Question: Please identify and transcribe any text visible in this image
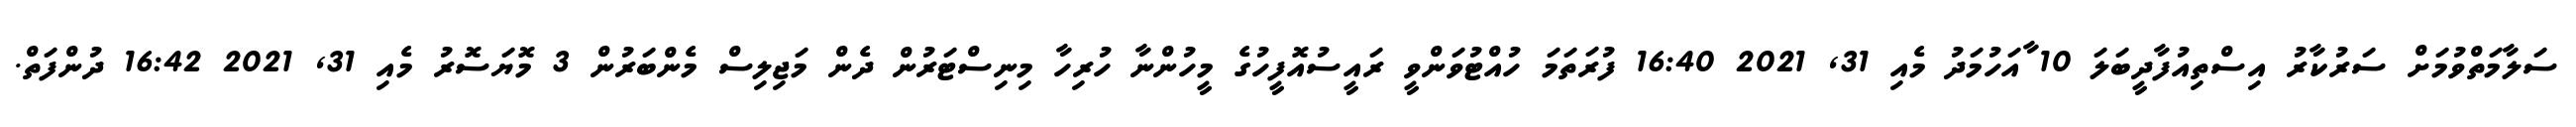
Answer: ސަލާމަތްވުމަށް ސަރުކާރު އިސްތިއުފާދީބަލަ 10 ާއަހުމަދު މެއި 31, 2021 16:40 ފުރަތަމަ ހުއްޓުވަންވީ ރައީސުއޮފީހުގެ މީހުންނާ ހުރިހާ މިނިސްޓަރުން ދެން މަޖިލިސް މެންބަރުން 3 މޮޔަސޮރު މެއި 31, 2021 16:42 ދުންފަތް.